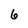
Character: 6